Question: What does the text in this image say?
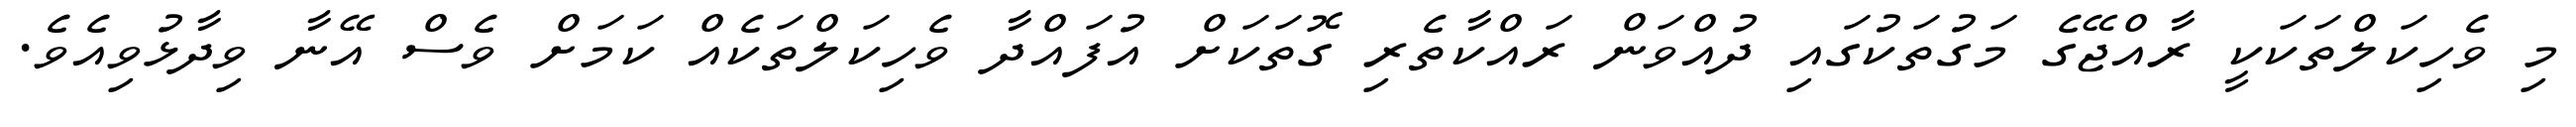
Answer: މި ވެހިކަލްތަކަކީ ރާއްޖޭގެ މަގުތަކުގައި ދުއްވަން ރައްކާތެރި ގޮތަކަށް އުފައްދާ ވެހިކަލްތަކެއް ކަމަށް ވެސް އޭނާ ވިދާޅުވިއެވެ.